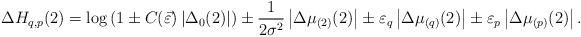
LaTeX: \begin{align*}\Delta H_{q,p}(2)=\log \left(1 \pm C(\vec{\varepsilon})\left|\Delta_{0}(2)\right|\right) \pm \frac{1}{2 \sigma^{2}} \left|\Delta \mu_{(2)}(2) \right| \pm \varepsilon_{q} \left|\Delta \mu_{(q)}(2) \right| \pm \varepsilon_{p} \left|\Delta \mu_{(p)}(2) \right|. \end{align*}